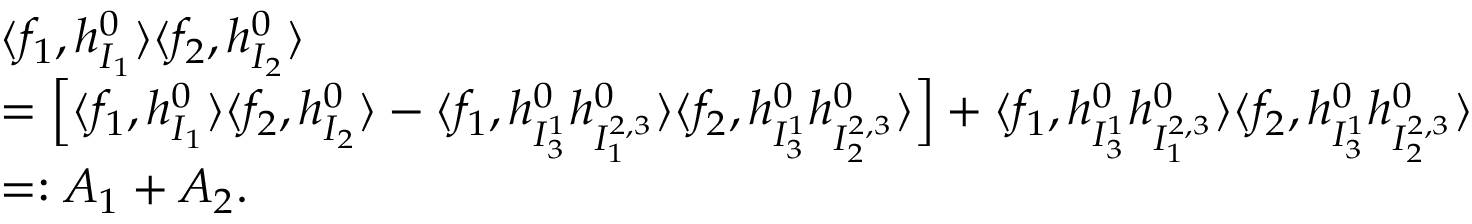
\begin{array} { r l } & { \langle f _ { 1 } , h _ { I _ { 1 } } ^ { 0 } \rangle \langle f _ { 2 } , h _ { I _ { 2 } } ^ { 0 } \rangle } \\ & { = \Big [ \langle f _ { 1 } , h _ { I _ { 1 } } ^ { 0 } \rangle \langle f _ { 2 } , h _ { I _ { 2 } } ^ { 0 } \rangle - \langle f _ { 1 } , h _ { I _ { 3 } ^ { 1 } } ^ { 0 } h _ { I _ { 1 } ^ { 2 , 3 } } ^ { 0 } \rangle \langle f _ { 2 } , h _ { I _ { 3 } ^ { 1 } } ^ { 0 } h _ { I _ { 2 } ^ { 2 , 3 } } ^ { 0 } \rangle \Big ] + \langle f _ { 1 } , h _ { I _ { 3 } ^ { 1 } } ^ { 0 } h _ { I _ { 1 } ^ { 2 , 3 } } ^ { 0 } \rangle \langle f _ { 2 } , h _ { I _ { 3 } ^ { 1 } } ^ { 0 } h _ { I _ { 2 } ^ { 2 , 3 } } ^ { 0 } \rangle } \\ & { = : A _ { 1 } + A _ { 2 } . } \end{array}